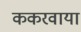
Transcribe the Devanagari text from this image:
ककरवाया